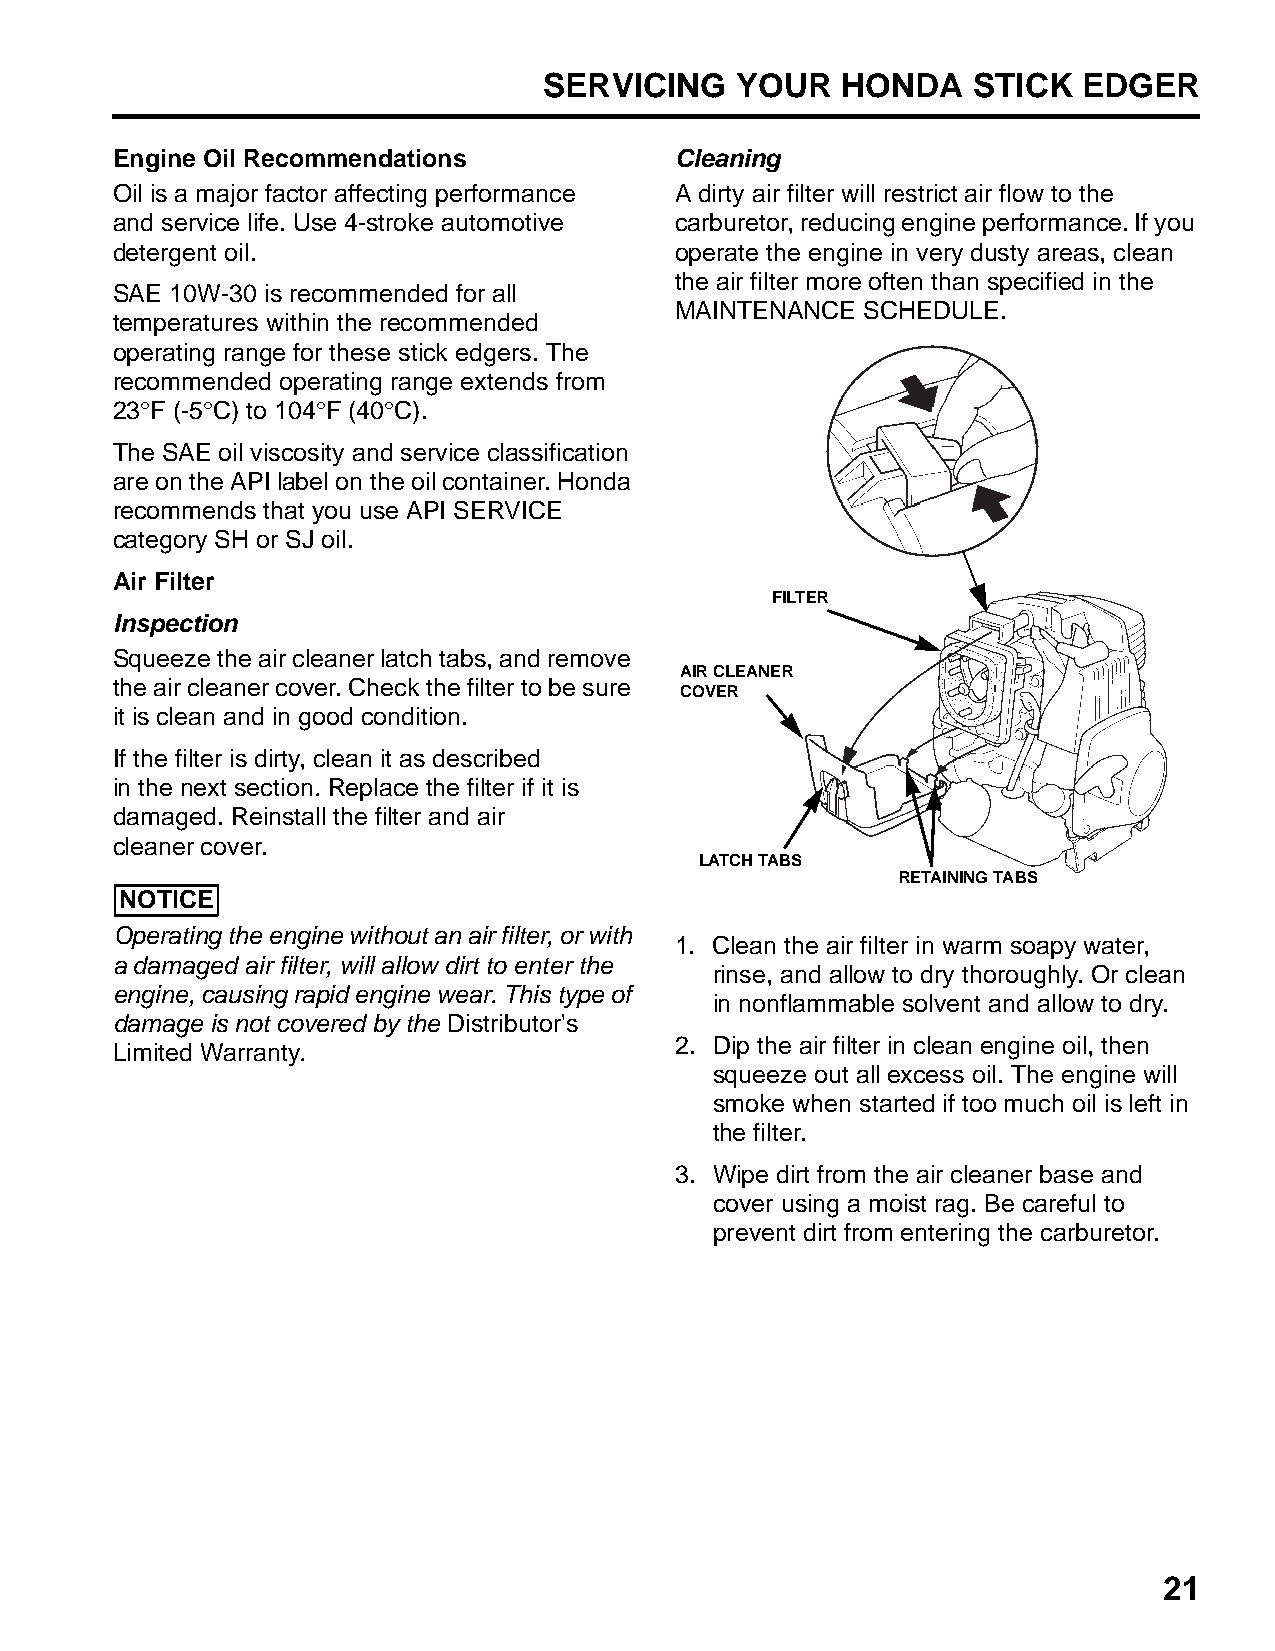
SERVICING    YOUR   HONDA   STICK   EDGER
 Engine Oil Recommendations            Cleaning
 Oil is a major factor affecting performance A dirty air filter will restrict air flow to the
 and service life. Use 4-stroke automotive carburetor, reducing engine performance. If you
 detergent oil.                        operate the engine in very dusty areas, clean
 the air filter more often than specified in the
 SAE 10W-30 is recommended for all
 MAINTENANCE SCHEDULE.
 temperatures within the recommended
 operating range for these stick edgers. The
 recommended operating range extends from
 23°F (-5°C) to 104°F (40°C).
 The SAE oil viscosity and service classification
 are on the API label on the oil container. Honda
 recommends that you use API SERVICE
 category SH or SJ oil.
 Air Filter
 FILTER
 Inspection
 Squeeze the air cleaner latch tabs, and remove
 AIR CLEANER
 the air cleaner cover. Check the filter to be sure
 COVER
 it is clean and in good condition.
 If the filter is dirty, clean it as described
 in the next section. Replace the filter if it is
 damaged. Reinstall the filter and air
 cleaner cover.
 LATCH TABS
 RETAINING TABS
 NOTICE
 Operating the engine without an air filter, or with
 1. Clean the air filter in warm soapy water,
 a damaged air filter, will allow dirt to enter the
 rinse, and allow to dry thoroughly. Or clean
 engine, causing rapid engine wear. This type of
 in nonflammable solvent and allow to dry.
 damage is not covered by the Distributor's
 2. Dip the air filter in clean engine oil, then
 Limited Warranty.
 squeeze out all excess oil. The engine will
 smoke when started if too much oil is left in
 the filter.
 3. Wipe dirt from the air cleaner base and
 cover using a moist rag. Be careful to
 prevent dirt from entering the carburetor.
 21